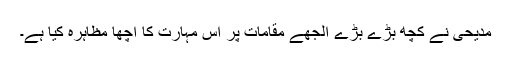
مدیحی نے کچھ بڑے بڑے الجھے مقامات پر اس مہارت کا اچھا مظاہرہ کیا ہے۔